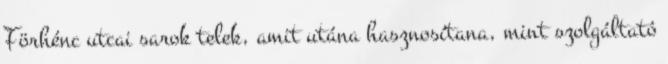
Förhénc utcai sarok telek, amit utána hasznosítana, mint szolgáltató